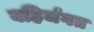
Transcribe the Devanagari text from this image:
बहिर्जगत